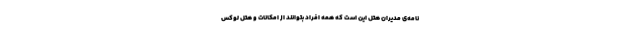
نامه‌ی مدیران هتل این است که همه افراد بتوانند از امکانات و هتل لوکس